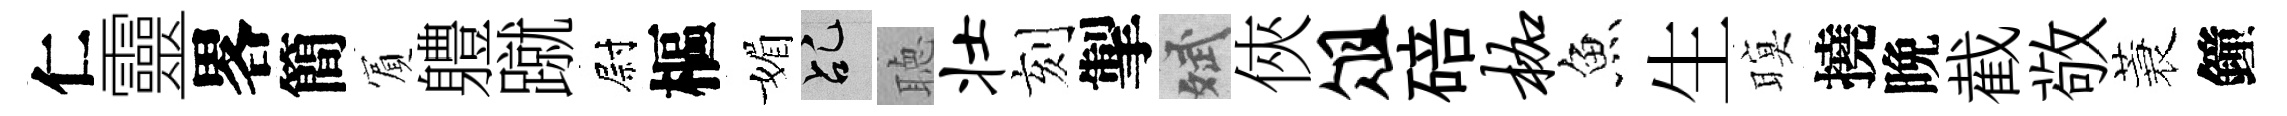
仁靈畧簡賔軆蹴尉樞媚乩聴壮刻掣斌俠俎碚枷魚生暝撓晩截敬蓑鐘